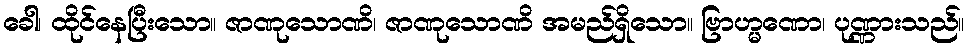
ခေါ၊ ထိုင်နေပြီးသော။ ဇာဏုသောဏိ၊ ဇာဏုသောဏိ အမည်ရှိသော။ ဗြာဟ္မဏော၊ ပုဏ္ဏားသည်။